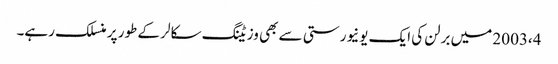
2003،4 میں برلن کی ایک یونیورستی سے بھی وزیٹنگ سکالر کے طور پر منسلک رہے۔